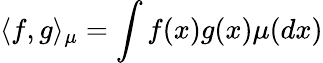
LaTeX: \langle f,g\rangle_{\mu}=\int f(x)g(x)\mu(dx)